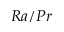
R a / P r